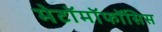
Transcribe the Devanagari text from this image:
मेटॉमॉफॉसिस